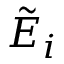
\tilde { E } _ { i }